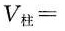
V_柱=